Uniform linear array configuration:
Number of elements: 24
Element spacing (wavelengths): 0.25
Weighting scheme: uniform
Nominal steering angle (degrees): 45
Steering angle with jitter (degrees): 46.454
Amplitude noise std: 0.05
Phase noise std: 0.05

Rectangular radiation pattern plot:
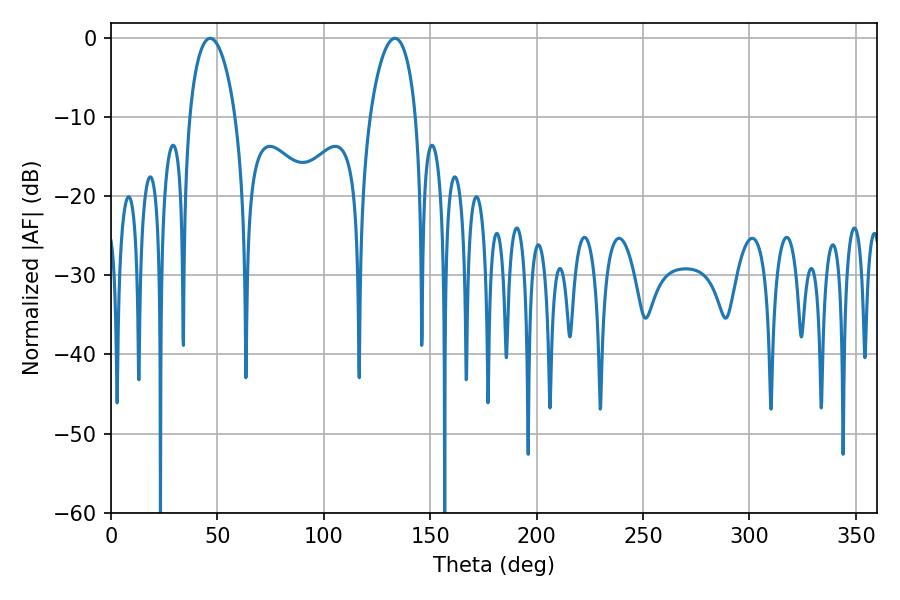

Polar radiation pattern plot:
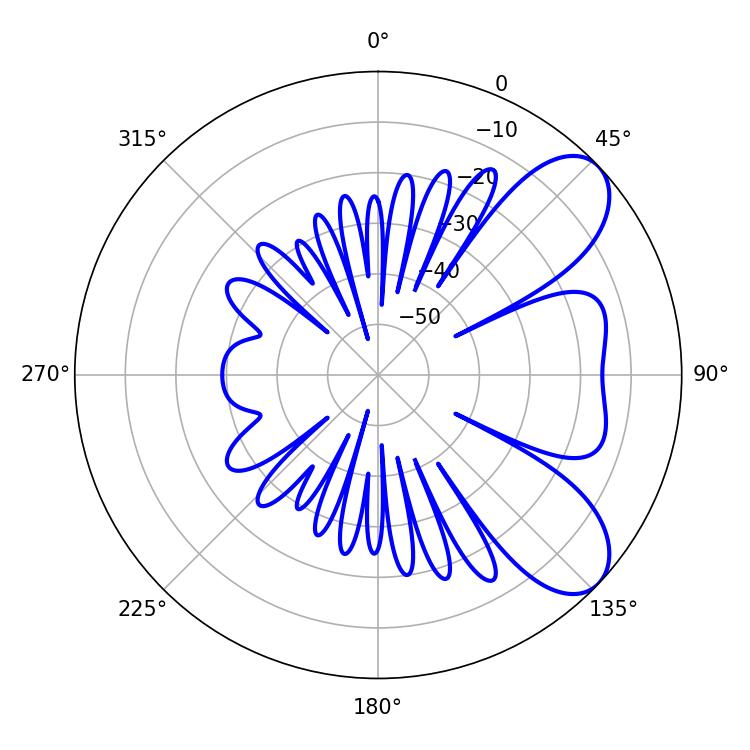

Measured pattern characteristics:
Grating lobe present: FALSE
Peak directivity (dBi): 7.482
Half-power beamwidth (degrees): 12.24
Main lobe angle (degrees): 46.62